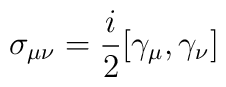
\sigma_{\mu\nu}=\frac{i}{2}[\gamma_{\mu},\gamma_{\nu}]